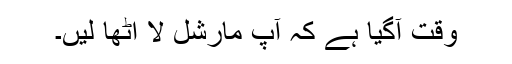
وقت آگیا ہے کہ آپ مارشل لا اٹھا لیں۔